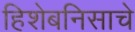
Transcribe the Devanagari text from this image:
हिशेबनिसाचे